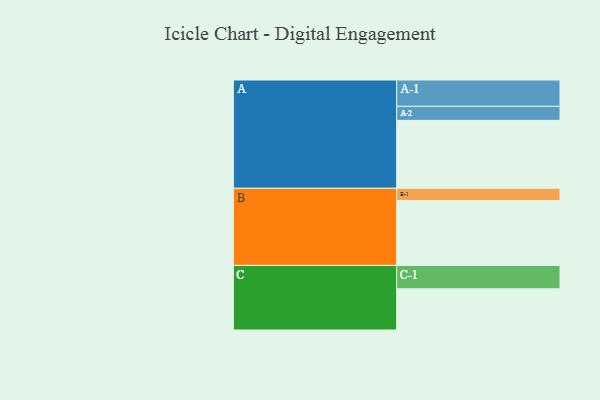
{"axis": {"x": "Segment", "y": "Value"}, "legend": ["", "A", "B", "C"], "data": [{"x": "A", "y": 508, "type": ""}, {"x": "B", "y": 486, "type": ""}, {"x": "C", "y": 308, "type": ""}, {"x": "A-1", "y": 197, "type": "A"}, {"x": "A-2", "y": 105, "type": "A"}, {"x": "B-1", "y": 91, "type": "B"}, {"x": "C-1", "y": 175, "type": "C"}]}